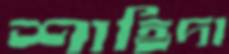
শাহিদা